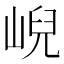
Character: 𡸣